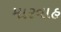
મારવાહ